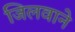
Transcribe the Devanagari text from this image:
जिलवाने